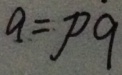
a = p 9